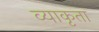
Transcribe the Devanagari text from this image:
व्याकृता